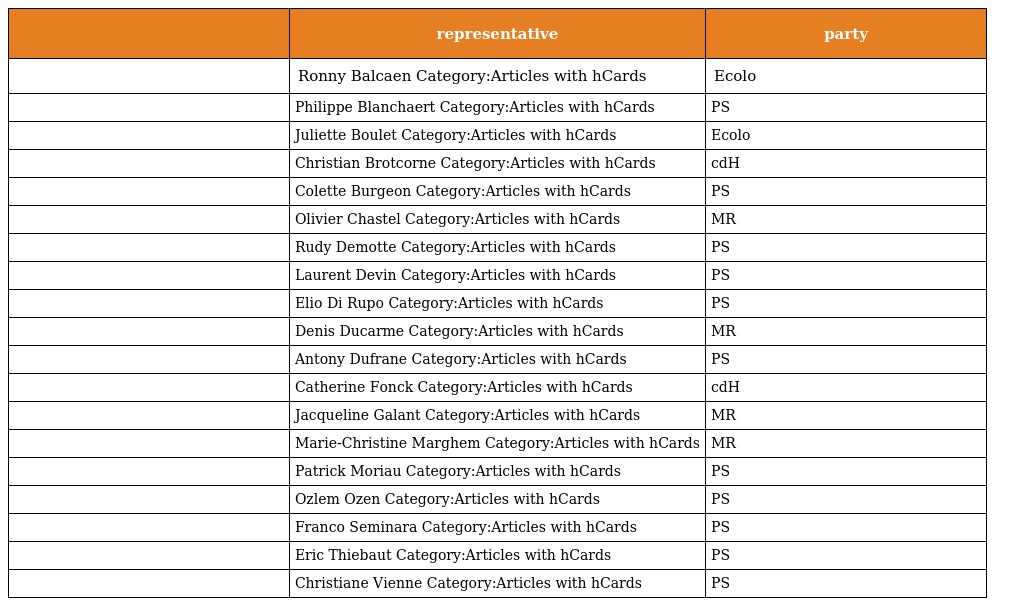
|  | representative | party |
 | --- | --- | --- |
 |  | Ronny Balcaen Category:Articles with hCards | Ecolo |
 |  | Philippe Blanchaert Category:Articles with hCards | PS |
 |  | Juliette Boulet Category:Articles with hCards | Ecolo |
 |  | Christian Brotcorne Category:Articles with hCards | cdH |
 |  | Colette Burgeon Category:Articles with hCards | PS |
 |  | Olivier Chastel Category:Articles with hCards | MR |
 |  | Rudy Demotte Category:Articles with hCards | PS |
 |  | Laurent Devin Category:Articles with hCards | PS |
 |  | Elio Di Rupo Category:Articles with hCards | PS |
 |  | Denis Ducarme Category:Articles with hCards | MR |
 |  | Antony Dufrane Category:Articles with hCards | PS |
 |  | Catherine Fonck Category:Articles with hCards | cdH |
 |  | Jacqueline Galant Category:Articles with hCards | MR |
 |  | Marie-Christine Marghem Category:Articles with hCards | MR |
 |  | Patrick Moriau Category:Articles with hCards | PS |
 |  | Ozlem Ozen Category:Articles with hCards | PS |
 |  | Franco Seminara Category:Articles with hCards | PS |
 |  | Eric Thiebaut Category:Articles with hCards | PS |
 |  | Christiane Vienne Category:Articles with hCards | PS |